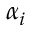
\alpha _ { i }